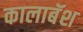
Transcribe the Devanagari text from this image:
कालाबॅश